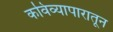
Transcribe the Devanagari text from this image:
कविव्यापारातून